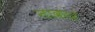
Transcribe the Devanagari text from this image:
नाकारं